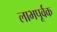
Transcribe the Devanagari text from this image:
लाभपूर्वक